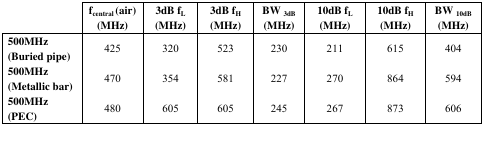
|  | fcentral (air) (MHz) | 3dB fL (MHz) | 3dB fH (MHz) | BW3dB (MHz) | 10dB fL (MHz) | 10dB fH (MHz) | BW10dB (MHz) |
 | --- | --- | --- | --- | --- | --- | --- | --- |
 | 500MHz (Buried pipe) | 425 | 320 | 523 | 230 | 211 | 615 | 404 |
 | 500MHz (Metallic bar) | 470 | 354 | 581 | 227 | 270 | 864 | 594 |
 | 500MHz (PEC) | 480 | 605 | 605 | 245 | 267 | 873 | 606 |